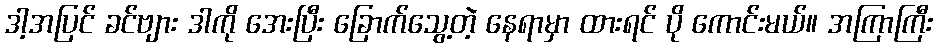
ဒါ့အပြင် ခင်ဗျား ဒါကို အေးပြီး ခြောက်သွေ့တဲ့ နေရာမှာ ထားရင် ပို ကောင်းမယ်။ အကြာကြီး